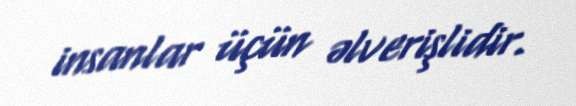
insanlar üçün əlverişlidir.